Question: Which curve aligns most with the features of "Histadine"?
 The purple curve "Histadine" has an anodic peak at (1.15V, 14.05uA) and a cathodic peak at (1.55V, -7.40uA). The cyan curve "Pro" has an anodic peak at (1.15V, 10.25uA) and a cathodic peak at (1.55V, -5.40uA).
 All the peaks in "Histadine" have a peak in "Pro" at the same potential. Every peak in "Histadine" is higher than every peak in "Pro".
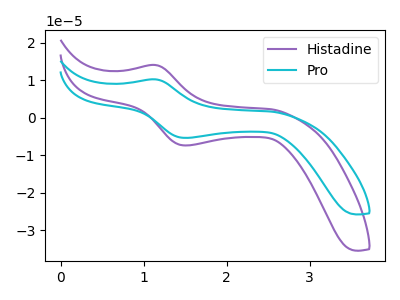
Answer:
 <answer>The CV with the most similar shape to "Pro" is "Histadine".</answer>
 <eval>"Histadine"</eval>